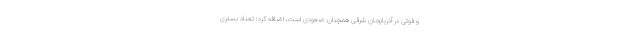
و فوتی در آذربایجان شرقی همچنان صعودی است، اضافه کرد: تعداد بستری